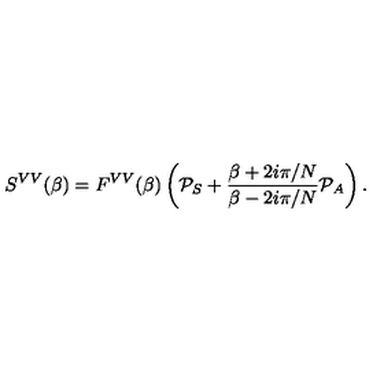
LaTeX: S ^ { V V } ( \beta ) = F ^ { V V } ( \beta ) \left( { \cal P } _ { S } + \frac { \beta + 2 i \pi / N } { \beta - 2 i \pi / N } { \cal P } _ { A } \right) .